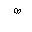
Letter: _sad